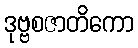
ဒုဗ္ဗစဇာတိကော